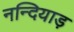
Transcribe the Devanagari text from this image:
नन्दियाड़